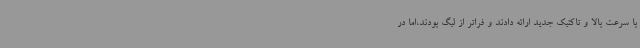
با سرعت بالا و تاکتیک جدید ارائه دادند و فراتر از لیگ بودند،اما در